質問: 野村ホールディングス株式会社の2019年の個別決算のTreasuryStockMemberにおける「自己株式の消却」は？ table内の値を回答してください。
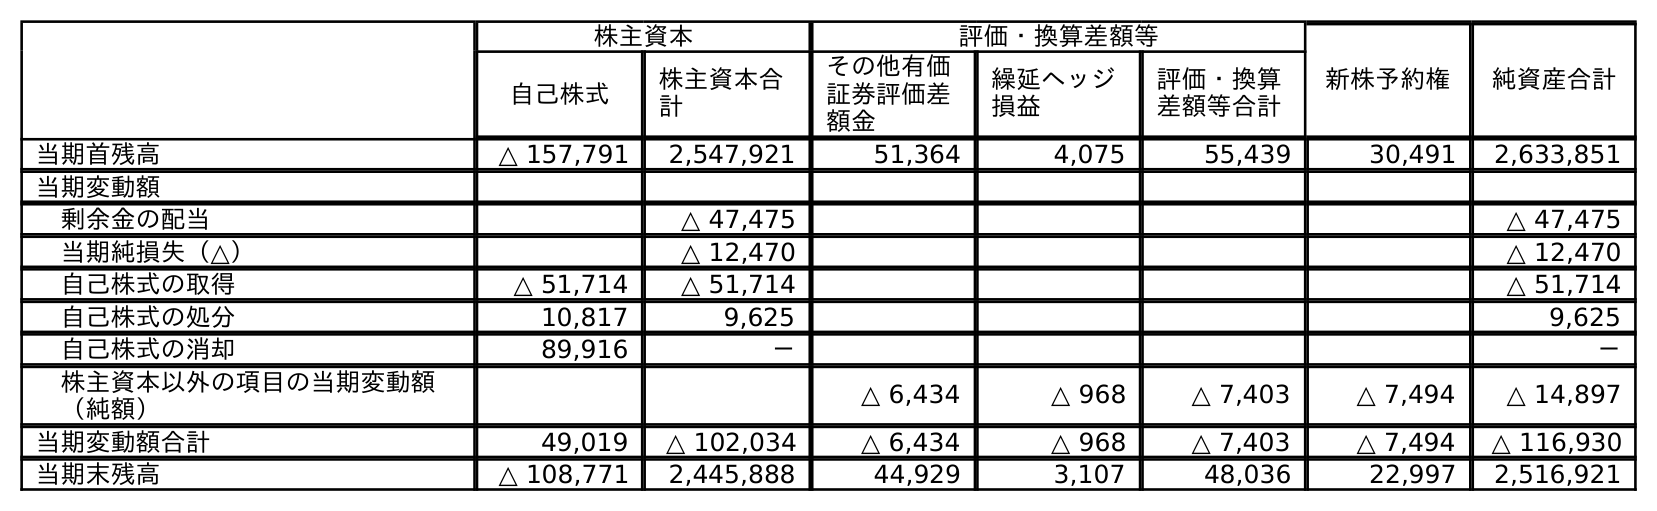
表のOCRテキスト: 株主資本 評価・換算差額等 新株予約権 純資産合計 自己株式 株主資本合 計 その他有価 証券評価差 額金 繰延ヘッジ 損益 評価・換算 差額等合計 当期首残高 △ 157,791 2,547,921 51,364 4,075 55,439 30,491 2,633,851 当期変動額 剰余金の配当 △ 47,475 △ 47,475 当期純損失（△） △ 12,470 △ 12,470 自己株式の取得 △ 51,714 △ 51,714 △ 51,714 自己株式の処分 10,817 9,625 9,625 自己株式の消却 89,916 － － 株主資本以外の項目の当期変動額 （純額） △ 6,434 △ 968 △ 7,403 △ 7,494 △ 14,897 当期変動額合計 49,019 △ 102,034 △ 6,434 △ 968 △ 7,403 △ 7,494 △ 116,930 当期末残高 △ 108,771 2,445,888 44,929 3,107 48,036 22,997 2,516,921
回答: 89,916